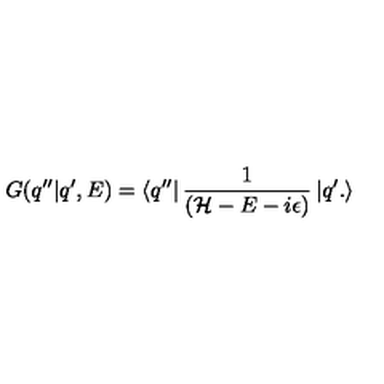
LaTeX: G ( q ^ { \prime \prime } | q ^ { \prime } , E ) = \left< q ^ { \prime \prime } \right| \frac { 1 } { ( { \cal { H } } - E - i \epsilon ) } \left| q ^ { \prime } . \right>